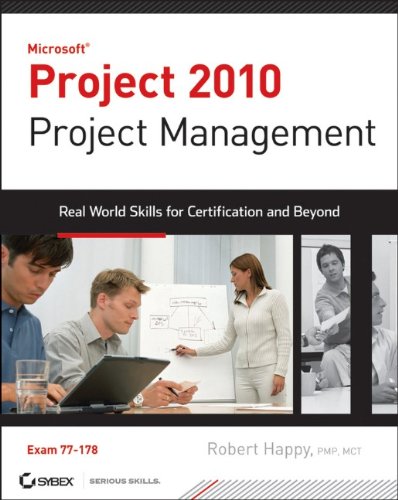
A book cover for Microsoft Project 2010 Project Management: Real World Skills for Certification and Beyond (Exam 70-178); Robert Happy; Computers & Technology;